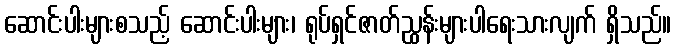
ဆောင်းပါးများစသည့် ဆောင်းပါးများ၊ ရုပ်ရှင်ဇာတ်ညွှန်းများပါရေးသားလျက် ရှိသည်။